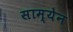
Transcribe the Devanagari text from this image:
साम्येन